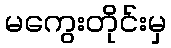
မကွေးတိုင်းမှ